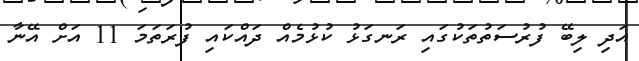
އަދި ލިބޭ ފުރުސަތުތަކުގައި ރަނގަޅު ކުޅުމެއް ދައްކައި ފުރަތަމަ 11 އަށް އޭނާ